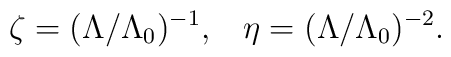
\zeta=(\Lambda/\Lambda_{0})^{-1}, \hskip 10pt     \eta =(\Lambda/\Lambda_{0})^{-2} .